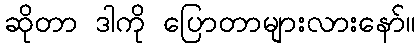
ဆိုတာ ဒါကို ပြောတာများလားနော်။